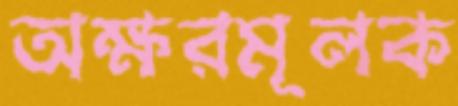
অক্ষরমূলক